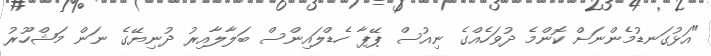
"އަޅުގަނޑުމެންނަށް ކޮންމެ ދުވަހެއްގެ ނިއުސް ޕޭޕާ ހެޑްލައިންސް ބަލާލާއިރު ދުނިޔޭގެ ނަން މަޝްހޫރު